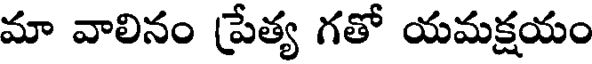
మా వాలినం ప్రేత్య గతో యమక్షయం